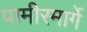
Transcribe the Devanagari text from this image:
पामीरमार्गे